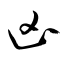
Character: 凶